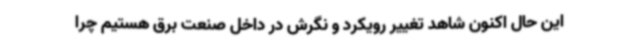
این حال اکنون شاهد تغییر رویکرد و نگرش در داخل صنعت برق هستیم چرا